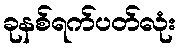
ခုနစ်ရက်ပတ်လုံး